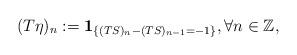
LaTeX: \begin{align*}(T\eta)_n:=\mathbf{1}_{\{(TS)_n-(TS)_{n-1}=-1\}},\forall n\in\mathbb{Z},\end{align*}